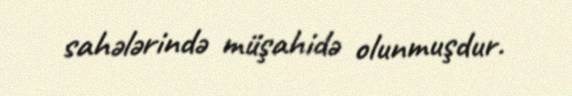
sahələrində müşahidə olunmuşdur.